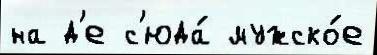
на д'е с'юда́ мужско́е